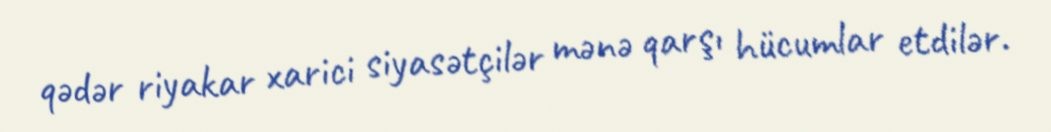
qədər riyakar xarici siyasətçilər mənə qarşı hücumlar etdilər.